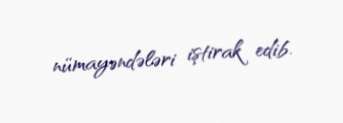
nümayəndələri iştirak edib.